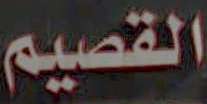
القصيم